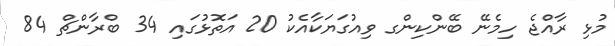
މުޅި ރާއްޖެ ހިމެނޭ ބޭންކިންގ ވިއުގަޔަކާއެކު 20 އަތޮޅުގައި 34 ބްރާންޗް 84